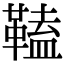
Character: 𩌍